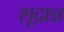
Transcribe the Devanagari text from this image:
शूद्रान्न